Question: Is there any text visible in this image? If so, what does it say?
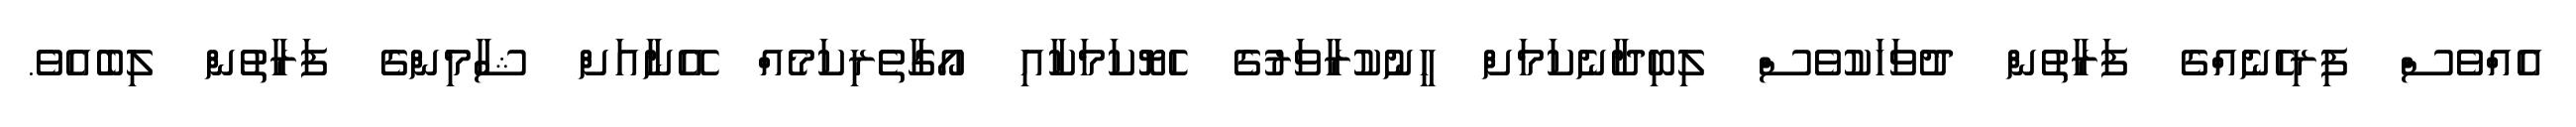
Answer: އެއްވެސް ފިރިހެނެއްގެ ފަރާތުން ދުވަހަކުވެސް ލިބިދާނެކަމަށް ހީނުކުރާވަރުގެ ހެޔޮކަމަކާއި އޯގާތެރިކަމެއް އޭނާއަށް ޝާމިންގެ ފަރާތުން ލިބެއެވެ.